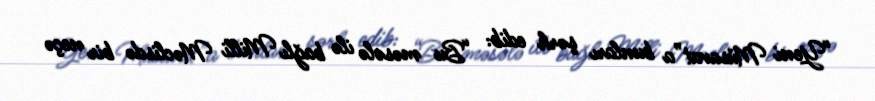
“Yeni Müsavat”a bunları şərh edib: “Bu məsələ ilə bağlı Milli Məclisdə bir neçə